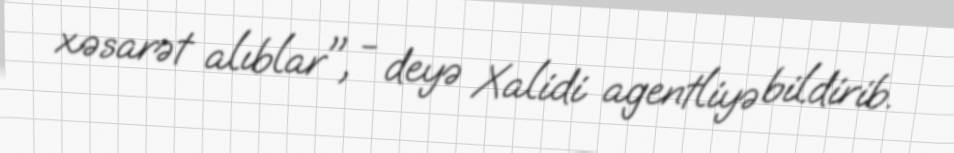
xəsarət alıblar", - deyə Xalidi agentliyə bildirib.